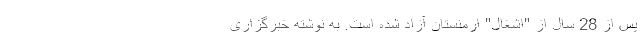
پس از 28 سال از "اشغال" ارمنستان آزاد شده است. به نوشته خبرگزاری